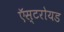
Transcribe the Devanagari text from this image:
ऍस्टरोयड